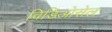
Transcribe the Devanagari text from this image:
विडिओसेल